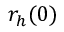
r _ { h } ( 0 )